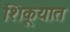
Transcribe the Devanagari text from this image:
शिकूयात